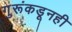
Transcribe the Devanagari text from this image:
गुरूंकडूनही